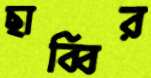
ছাব্বির